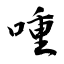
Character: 喠